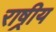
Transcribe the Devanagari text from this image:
राष्रीय